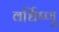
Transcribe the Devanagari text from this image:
वर्धिष्णू